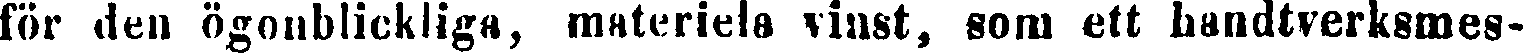
för den ögonblickliga, materiela vinst, som ett handtverksmes-